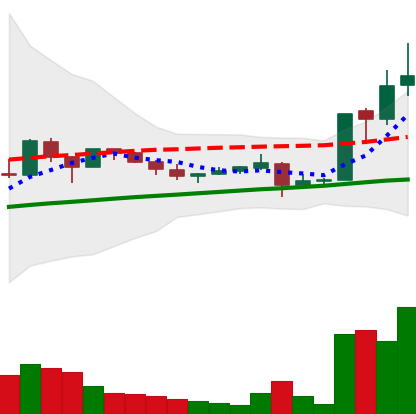
Ticker: LTC-USD
Chart end date: 2017-10-15
Forward return: -7.846%
Label: down_7plus